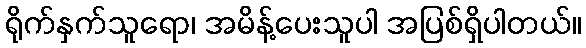
ရိုက်နှက်သူရော၊ အမိန့်ပေးသူပါ အပြစ်ရှိပါတယ်။